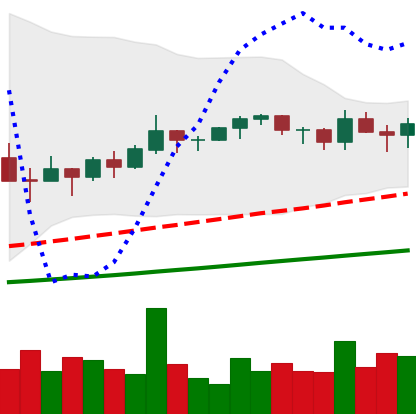
Ticker: TRX-USD
Chart end date: 2021-03-16
Forward return: 21.032%
Label: up_7plus